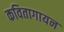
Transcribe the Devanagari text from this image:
कवितागायन